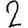
Digit: 2